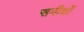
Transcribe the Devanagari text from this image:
समीक्षों